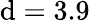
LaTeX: \mathrm{d}=3.9